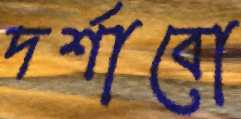
দর্শাবো